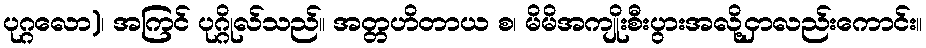
ပုဂ္ဂလော)၊ အကြင် ပုဂ္ဂိုလ်သည်။ အတ္တဟိတာယ စ၊ မိမိအကျိုးစီးပွားအလို့ငှာလည်းကောင်း။